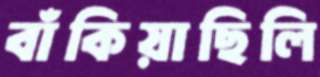
বাঁকিয়াছিলি